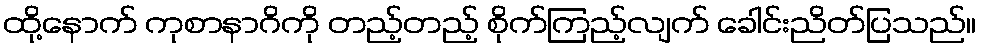
ထို့နောက် ကုစာနာဂိကို တည့်တည့် စိုက်ကြည့်လျက် ခေါင်းညိတ်ပြသည်။